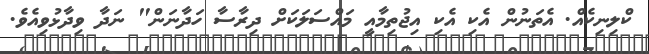
ކްލިނިކެއް. އެތަނުން އެކި އެކި އިޖުތިމާއީ މައްސަލަަކަށް ދިރާސާ ހަދާނަން" ނަދާ ވިދާޅުވިއެވެ.